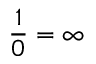
{ \frac { 1 } { 0 } } = \infty